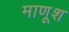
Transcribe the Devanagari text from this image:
माणूश